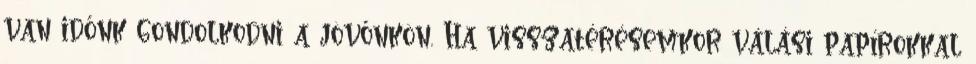
van időnk gondolkodni a jövőnkön. Ha visszatérésemkor válási papírokkal